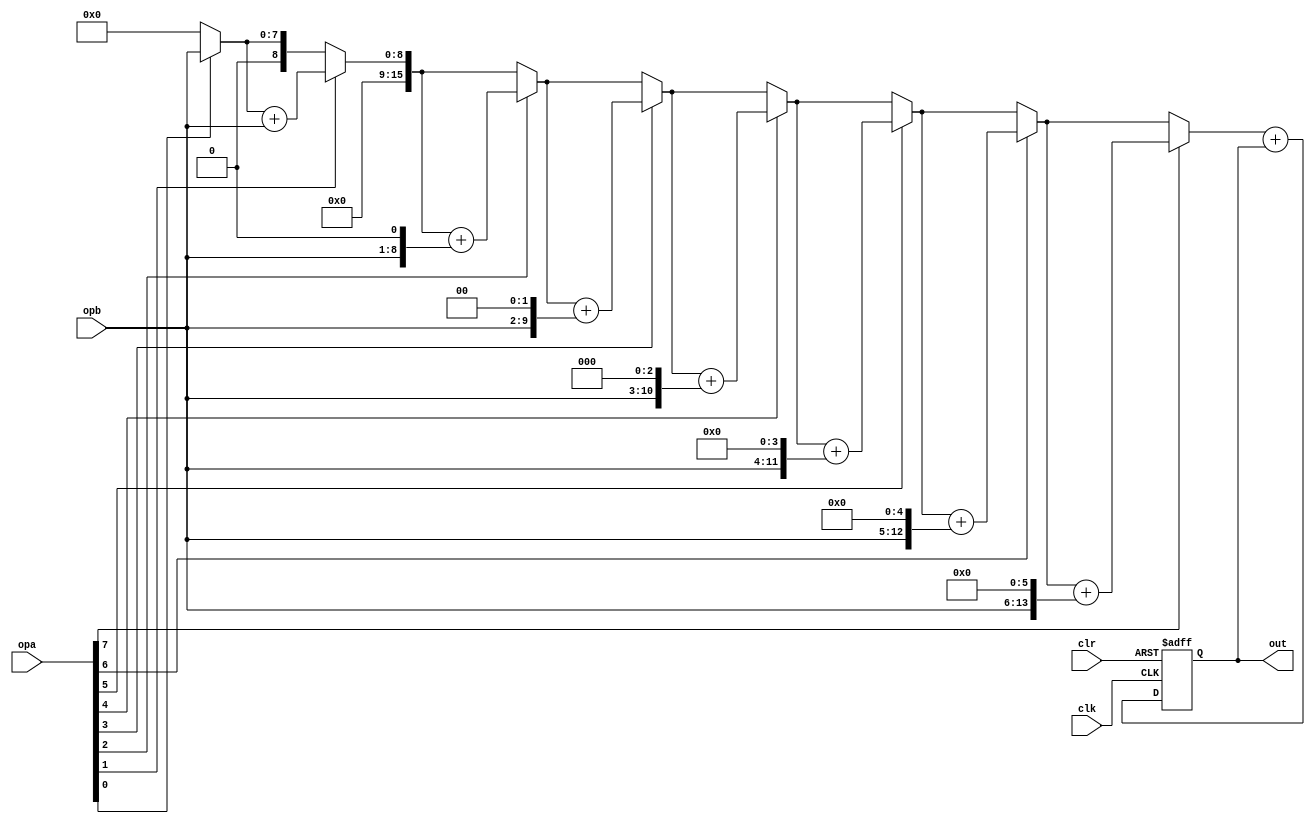
module MAC(out,opa,opb,clk,clr);
output[15:0] out;
input[7:0] opa,opb;
input clk,clr;
wire[15:0] sum;
reg[15:0] out;

function[15:0] mult;
input[7:0] opa,opb;
reg[15:0] result;
integer i;

begin
result = opa[0]? opb : 0;
for(i= 1; i <= 7; i = i+1)
begin
if(opa[i]==1)  result=result+(opb<<(i-1));
end
mult=result;
end
endfunction

assign sum=mult(opa,opb)+out;

always @(posedge clk or posedge clr)
begin
if(clr) out<=0;
else  	out<=sum;
end
  
endmodule